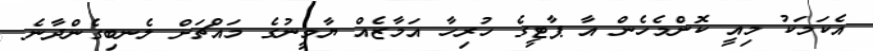
އެކަމަކު މިއީ ކޮންމެހެން އާ ޕާޓީގެ ހުރިހާ އަމާޒެއް ޔާމީނުގެ މައްޗަށް ލެނބިގެންދާނެ